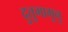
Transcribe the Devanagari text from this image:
दुतुगामुनु